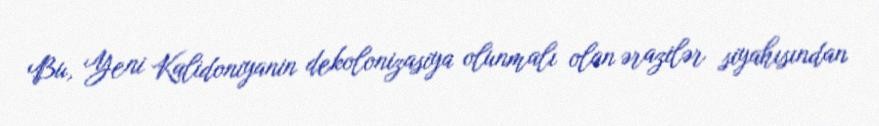
Bu, Yeni Kalidoniyanin dekolonizasiya olunmalı olan ərazilər siyahısından